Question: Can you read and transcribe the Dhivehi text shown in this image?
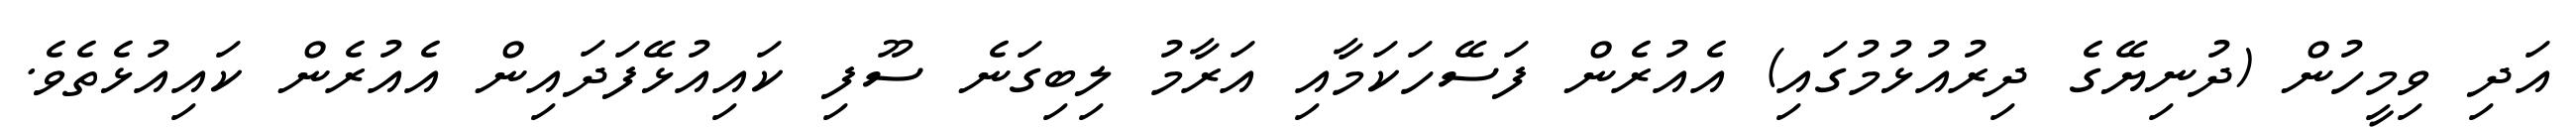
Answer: އަދި ވިމީހުން (ދުނިޔޭގެ ދިރުއުޅުމުގައި) އެއުރެން ފަސޭހަކަމާއި އަރާމު ލިބިގަނެ ސޫފި ކައިއުޅޭފަދައިން އެއުރެން ކައިއުޅެތެވެ.